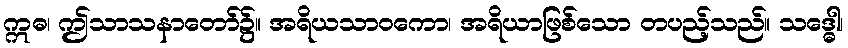
ဣဓ၊ ဤသာသနာတော်၌။ အရိယသာဝကော၊ အရိယာဖြစ်သော တပည့်သည်။ သဒ္ဓေါ၊